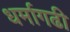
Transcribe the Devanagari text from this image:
धर्मागढी